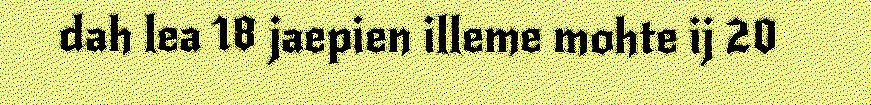
dah lea 18 jaepien illeme mohte ij 20